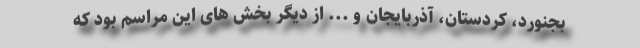
بجنورد، کردستان، آذربایجان و ... از دیگر بخش های این مراسم بود که